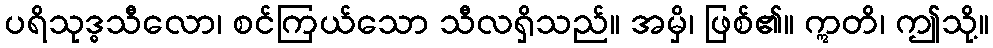
ပရိသုဒ္ဓသီလော၊ စင်ကြယ်သော သီလရှိသည်။ အမှိ၊ ဖြစ်၏။ ဣတိ၊ ဤသို့။